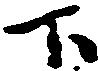
下